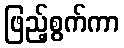
ဖြည့်စွက်ကာ